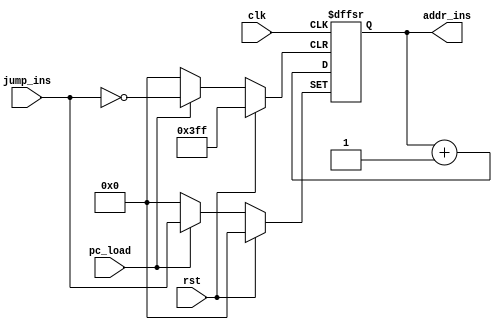
`timescale 1ns / 1ps
//////////////////////////////////////////////////////////////////////////////////
// Company: 
// 
// Design Name: 
// Module Name: PC
// Project Name: 
// Target Devices: 
// Tool Versions: 
// Description: 
// 
// Dependencies: 
// 
// Revision:
// Revision 0.01 - File Created
// Additional Comments:
// 
//////////////////////////////////////////////////////////////////////////////////


module PC(addr_ins,clk,rst,pc_load,jump_ins);
    input clk,rst,pc_load;
    input [9:0] jump_ins;
    output reg [9:0] addr_ins;

    always @(negedge clk or posedge rst or posedge pc_load) begin
        if(rst) addr_ins <= 10'b0;
        else if(pc_load) addr_ins <= jump_ins;
        else addr_ins <= addr_ins + 10'b1;
    end
endmodule